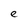
Character: e